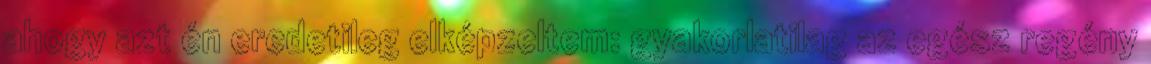
ahogy azt én eredetileg elképzeltem: gyakorlatilag az egész regény